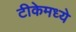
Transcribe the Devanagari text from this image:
टीकेमध्ये